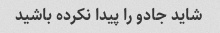
شاید جادو را پیدا نکرده باشید